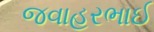
જવાહરભાઈ